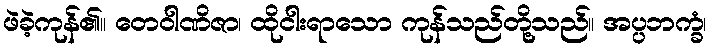
ဖဲခဲ့ကုန်၏။ တေဝါဏိဇာ၊ ထိုငါးရာသော ကုန်သည်တို့သည်။ အပ္ပဘက္ခံ၊